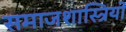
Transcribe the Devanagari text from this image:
समाजशास्त्रियो